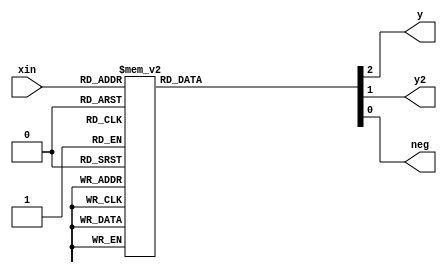
module booth_enc(xin, y, y2, neg);
    input   [2:0] xin;
    output        y, y2, neg;
    reg     [2:0] tmp;

    assign   y = tmp[2];
    assign  y2 = tmp[1];
    assign neg = tmp[0];

    always @(xin) begin
        case(xin)
            0   : tmp = 3'b000;
            1,2 : tmp = 3'b100;
            3   : tmp = 3'b010;
            4   : tmp = 3'b011;
            5,6 : tmp = 3'b101;
            7   : tmp = 3'b001;
        endcase
    end
endmodule